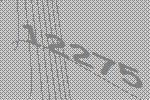
12275